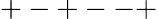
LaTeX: +-+--+